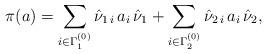
LaTeX: \begin{align*}\pi(a) = \sum_{i\in\Gamma_{1}^{(0)}}\hat{\nu}_{1\,i}\,a_i \,\hat{\nu}_{1}+ \sum_{i\in\Gamma_{2}^{(0)}}\hat{\nu}_{2\,i}\,a_i \,\hat{\nu}_{2},\end{align*}